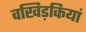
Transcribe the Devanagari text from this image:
वखिड़कियां